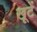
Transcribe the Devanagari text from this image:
खूटें